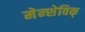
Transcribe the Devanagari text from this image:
मेन्शेविक्